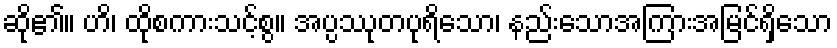
ဆို၏။ ဟိ၊ ထိုစကားသင့်စွ။ အပ္ပဿုတပုရိသော၊ နည်းသောအကြားအမြင်ရှိသော